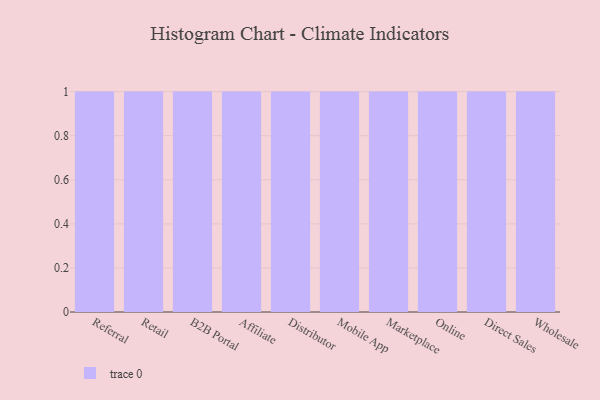
{"axis": {"x": "Channel", "y": "Operating Costs (USD K)"}, "legend": [""], "data": [{"x": "Referral", "y": 57, "type": ""}, {"x": "Retail", "y": 78, "type": ""}, {"x": "B2B Portal", "y": 90, "type": ""}, {"x": "Affiliate", "y": 62, "type": ""}, {"x": "Distributor", "y": 22, "type": ""}, {"x": "Mobile App", "y": 37, "type": ""}, {"x": "Marketplace", "y": 45, "type": ""}, {"x": "Online", "y": 65, "type": ""}, {"x": "Direct Sales", "y": 28, "type": ""}, {"x": "Wholesale", "y": 45, "type": ""}]}